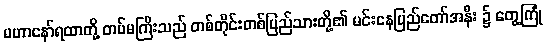
မဟာနော်ရထာတို့ တပ်မကြီးသည် တစ်တိုင်းတစ်ပြည်သားတို့၏ မင်းနေပြည်တော်အနီး ၌ တွေ့ကြုံ